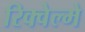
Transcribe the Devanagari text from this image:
रिक्वेल्मे